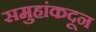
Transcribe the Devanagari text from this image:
समुहांकदून